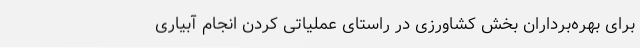
برای بهره‌برداران بخش کشاورزی در راستای عملیاتی کردن انجام آبیاری